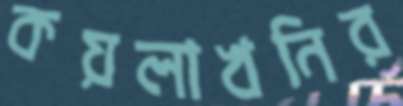
কয়লাখনির